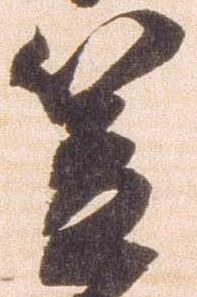
笠